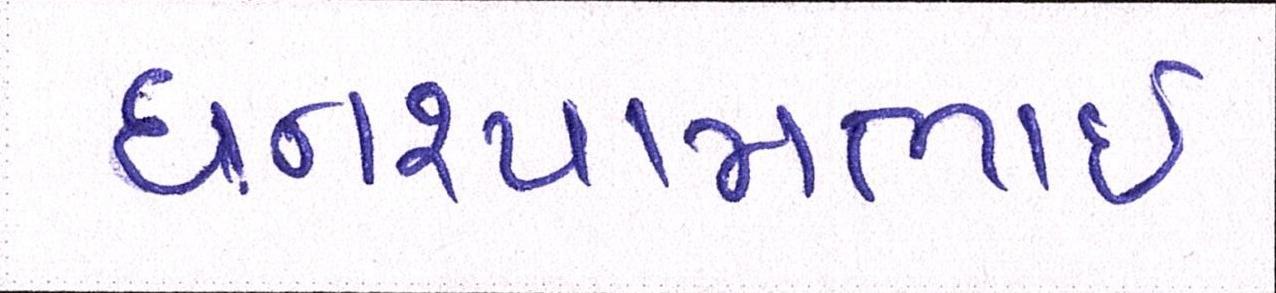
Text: ઘનશ્યામભાઈ